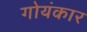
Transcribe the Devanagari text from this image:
गोयंकार